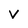
Character: V